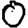
Digit: 0